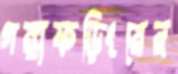
গঙ্গাফড়িংয়ের